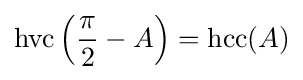
\operatorname {hvc} \left({\frac {\pi }{2}}-A\right)=\operatorname {hcc} (A)